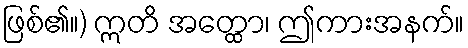
ဖြစ်၏။) ဣတိ အတ္ထော၊ ဤကားအနက်။